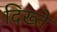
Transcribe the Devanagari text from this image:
दिख्ते